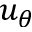
u _ { \theta }